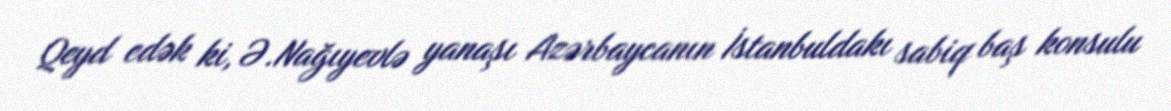
Qeyd edək ki, Ə.Nağıyevlə yanaşı Azərbaycanın İstanbuldakı sabiq baş konsulu